Leaving Certificate Examination (including Day School Certificate (Higher) General paper), 1929
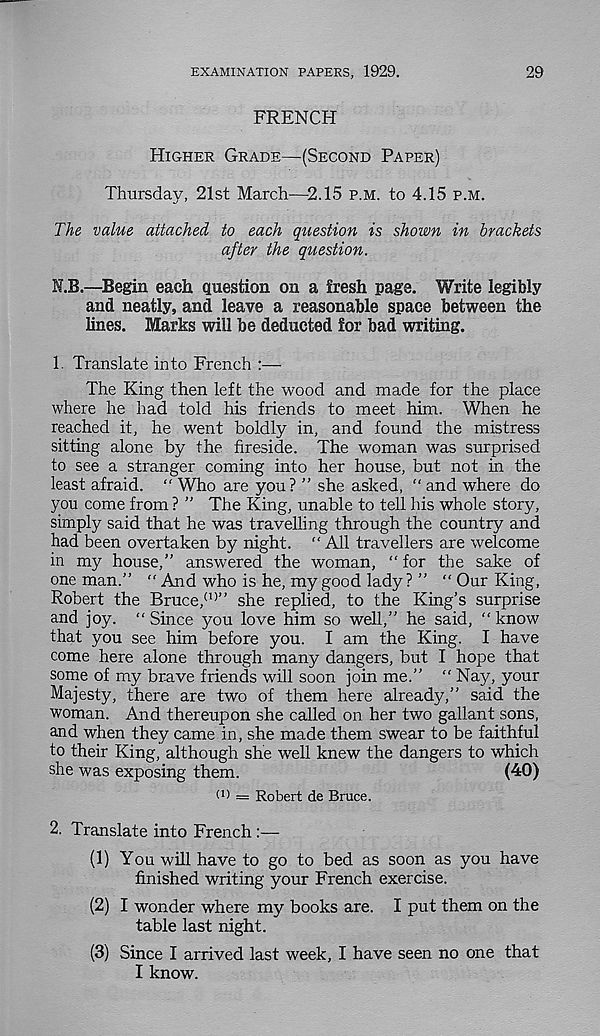
EXAMINATION PAPERS, 1929.
29
FRENCH
Higher Grade—(Second Paper)
Thursday, 21st March—-2.15 p.m. to 4.15 p.m.
The value attached to each question is shown in brackets
after the question.
I.B.—Begin each question on a fresh page. Write legibly
and neatly, and leave a reasonable space between the
hues. Marks will be deducted for bad writing.
1. Translate into French
The King then left the wood and made for the place
where he had told his friends to meet him. When he
reached it, he went boldly in, and found the mistress
sitting alone by the fireside. The woman was surprised
to see a stranger coming into her house, but not in the
least afraid. “ Who are you? ” she asked, “ and where do
you come from ? ” The King, unable to tell his whole story,
simply said that he was travelling through the country and
had been overtaken by night. " All travellers are welcome
in my house,” answered the woman, “for the sake of
one man.” “ And who is he, my good lady ? ” “ Our King,
Robert the Bruce, (1) ” she replied, to the King’s surprise
and joy. “ Since you love him so well,” he said, “ know
that you see him before you. I am the King. I have
come here alone through many dangers, but I hope that
some of my brave friends will soon join me.” “ Nay, your
Majesty, there are two of them here already,” said the
woman. And thereupon she called on her two gallant sons,
and when they came in, she made them swear to be faithful
to their King, although she well knew the dangers to which
she was exposing them.
(40)
(D == Robert de Bruce.
2. Translate into French
(1) You will have to go to bed as soon as you have
finished writing your French exercise.
(2) I wonder where my books are. I put them on the
table last night.
(3) Since I arrived last week, I have seen no one that
I know.